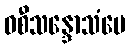
ဝစီသန္ဒောသံပေ